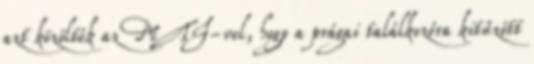
azt közölték az MTI-vel, hogy a prágai találkozóra kitűzött